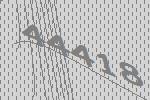
44418